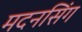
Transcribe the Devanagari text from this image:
मदनसिंग